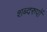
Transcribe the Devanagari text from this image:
शब्दरुपों